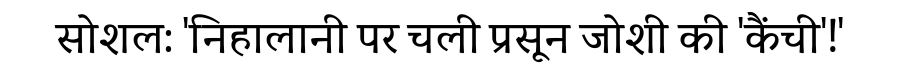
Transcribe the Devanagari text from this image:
सोशल: 'निहालानी पर चली प्रसून जोशी की 'कैंची'!'